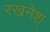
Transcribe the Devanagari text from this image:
रखनेश्